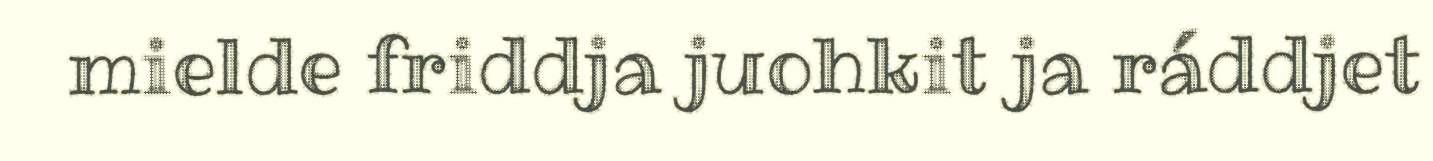
mielde friddja juohkit ja ráddjet